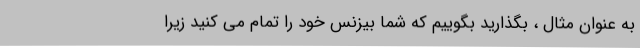
به عنوان مثال ، بگذارید بگوییم که شما بیزنس خود را تمام می کنید زیرا